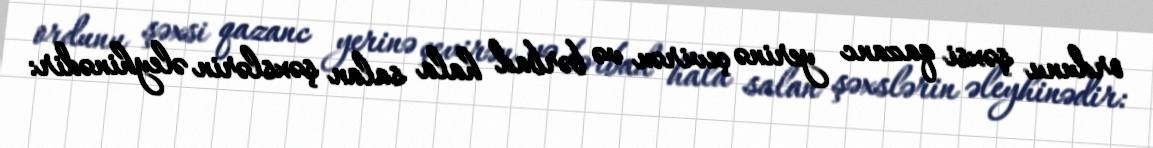
ordunu şəxsi qazanc yerinə çevirən və bərbad hala salan şəxslərin əleyhinədir: